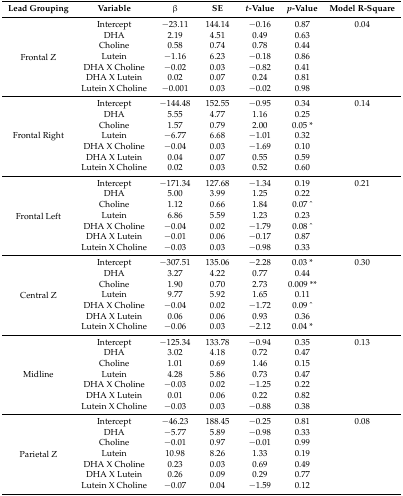
<table><thead><tr><td><b>Lead Grouping</b></td><td><b>Variable</b></td><td><b>β</b></td><td><b>SE</b></td><td><b><i>t</i>-Value</b></td><td><b><i>p</i>-Value</b></td><td><b>Model R-Square</b></td></tr></thead><tbody><tr><td rowspan="7">Frontal Z</td><td>Intercept</td><td>−23.11</td><td>144.14</td><td>−0.16</td><td>0.87</td><td>0.04</td></tr><tr><td>DHA</td><td>2.19</td><td>4.51</td><td>0.49</td><td>0.63</td><td></td></tr><tr><td>Choline</td><td>0.58</td><td>0.74</td><td>0.78</td><td>0.44</td><td></td></tr><tr><td>Lutein</td><td>−1.16</td><td>6.23</td><td>−0.18</td><td>0.86</td><td></td></tr><tr><td>DHA X Choline</td><td>−0.02</td><td>0.03</td><td>−0.82</td><td>0.41</td><td></td></tr><tr><td>DHA X Lutein</td><td>0.02</td><td>0.07</td><td>0.24</td><td>0.81</td><td></td></tr><tr><td>Lutein X Choline</td><td>−0.001</td><td>0.03</td><td>−0.02</td><td>0.98</td><td></td></tr><tr><td rowspan="7">Frontal Right</td><td>Intercept</td><td>−144.48</td><td>152.55</td><td>−0.95</td><td>0.34</td><td>0.14</td></tr><tr><td>DHA</td><td>5.55</td><td>4.77</td><td>1.16</td><td>0.25</td><td></td></tr><tr><td>Choline</td><td>1.57</td><td>0.79</td><td>2.00</td><td>0.05 *</td><td></td></tr><tr><td>Lutein</td><td>−6.77</td><td>6.68</td><td>−1.01</td><td>0.32</td><td></td></tr><tr><td>DHA X Choline</td><td>−0.04</td><td>0.03</td><td>−1.69</td><td>0.10</td><td></td></tr><tr><td>DHA X Lutein</td><td>0.04</td><td>0.07</td><td>0.55</td><td>0.59</td><td></td></tr><tr><td>Lutein X Choline</td><td>0.02</td><td>0.03</td><td>0.52</td><td>0.60</td><td></td></tr><tr><td rowspan="7">Frontal Left</td><td>Intercept</td><td>−171.34</td><td>127.68</td><td>−1.34</td><td>0.19</td><td>0.21</td></tr><tr><td>DHA</td><td>5.00</td><td>3.99</td><td>1.25</td><td>0.22</td><td></td></tr><tr><td>Choline</td><td>1.12</td><td>0.66</td><td>1.84</td><td>0.07 ^</td><td></td></tr><tr><td>Lutein</td><td>6.86</td><td>5.59</td><td>1.23</td><td>0.23</td><td></td></tr><tr><td>DHA X Choline</td><td>−0.04</td><td>0.02</td><td>−1.79</td><td>0.08 ^</td><td></td></tr><tr><td>DHA X Lutein</td><td>−0.01</td><td>0.06</td><td>−0.17</td><td>0.87</td><td></td></tr><tr><td>Lutein X Choline</td><td>−0.03</td><td>0.03</td><td>−0.98</td><td>0.33</td><td></td></tr><tr><td rowspan="7">Central Z</td><td>Intercept</td><td>−307.51</td><td>135.06</td><td>−2.28</td><td>0.03 *</td><td>0.30</td></tr><tr><td>DHA</td><td>3.27</td><td>4.22</td><td>0.77</td><td>0.44</td><td></td></tr><tr><td>Choline</td><td>1.90</td><td>0.70</td><td>2.73</td><td>0.009 **</td><td></td></tr><tr><td>Lutein</td><td>9.77</td><td>5.92</td><td>1.65</td><td>0.11</td><td></td></tr><tr><td>DHA X Choline</td><td>−0.04</td><td>0.02</td><td>−1.72</td><td>0.09 ^</td><td></td></tr><tr><td>DHA X Lutein</td><td>0.06</td><td>0.06</td><td>0.93</td><td>0.36</td><td></td></tr><tr><td>Lutein X Choline</td><td>−0.06</td><td>0.03</td><td>−2.12</td><td>0.04 *</td><td></td></tr><tr><td rowspan="7">Midline</td><td>Intercept</td><td>−125.34</td><td>133.78</td><td>−0.94</td><td>0.35</td><td>0.13</td></tr><tr><td>DHA</td><td>3.02</td><td>4.18</td><td>0.72</td><td>0.47</td><td></td></tr><tr><td>Choline</td><td>1.01</td><td>0.69</td><td>1.46</td><td>0.15</td><td></td></tr><tr><td>Lutein</td><td>4.28</td><td>5.86</td><td>0.73</td><td>0.47</td><td></td></tr><tr><td>DHA X Choline</td><td>−0.03</td><td>0.02</td><td>−1.25</td><td>0.22</td><td></td></tr><tr><td>DHA X Lutein</td><td>0.01</td><td>0.06</td><td>0.22</td><td>0.82</td><td></td></tr><tr><td>Lutein X Choline</td><td>−0.03</td><td>0.03</td><td>−0.88</td><td>0.38</td><td></td></tr><tr><td rowspan="7">Parietal Z</td><td>Intercept</td><td>−46.23</td><td>188.45</td><td>−0.25</td><td>0.81</td><td>0.08</td></tr><tr><td>DHA</td><td>−5.77</td><td>5.89</td><td>−0.98</td><td>0.33</td><td></td></tr><tr><td>Choline</td><td>−0.01</td><td>0.97</td><td>−0.01</td><td>0.99</td><td></td></tr><tr><td>Lutein</td><td>10.98</td><td>8.26</td><td>1.33</td><td>0.19</td><td></td></tr><tr><td>DHA X Choline</td><td>0.23</td><td>0.03</td><td>0.69</td><td>0.49</td><td></td></tr><tr><td>DHA X Lutein</td><td>0.26</td><td>0.09</td><td>0.29</td><td>0.77</td><td></td></tr><tr><td>Lutein X Choline</td><td>−0.07</td><td>0.04</td><td>−1.59</td><td>0.12</td><td></td></tr></tbody></table>